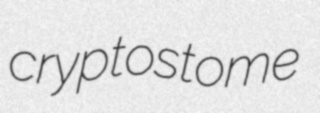
cryptostome